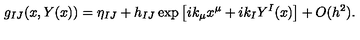
g _ { I J } ( x , Y ( x ) ) = \eta _ { I J } + h _ { I J } \exp \left[ i k _ { \mu } x ^ { \mu } + i k _ { I } Y ^ { I } ( x ) \right] + O ( h ^ { 2 } ) .